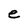
Character: e